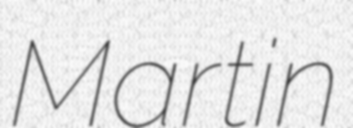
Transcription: Martin